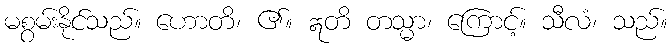
မစွမ်းနိုင်သည်။ ဟောတိ၊ ၏။ ဣတိ တသ္မာ၊ ကြောင့်။ သီလံ၊ သည်။